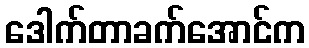
ဒေါက်တာခက်အောင်က